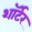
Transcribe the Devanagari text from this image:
शॉर्टर